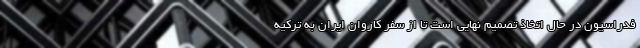
فدراسیون در حال اتخاذ تصمیم نهایی است تا از سفر کاروان ایران به ترکیه